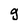
Character: g